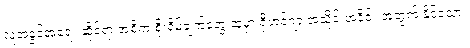
လူ့အခွင့်အရေး ဆိုင်ရာ အဓိက စိုးရိမ်ချက်တွေ ထဲမှာ ရိုဟင်ဂျာ အသိုင်းအဝိုင်း အတွက် နိုင်ငံသား